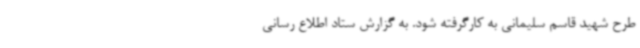
طرح شهید قاسم سلیمانی به کارگرفته شود. به گزارش ستاد اطلاع رسانی